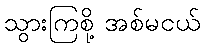
သွားကြစို့ အစ်မငယ်